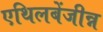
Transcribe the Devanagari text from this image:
एथिलबेंजीन्न